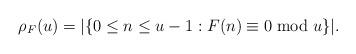
LaTeX: \begin{align*}\rho_F(u)=|\{ 0\le n\le u-1: F(n)\equiv0\bmod u\}|.\end{align*}